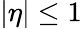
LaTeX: |\eta|\leq 1